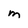
Character: m